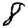
Digit: 8